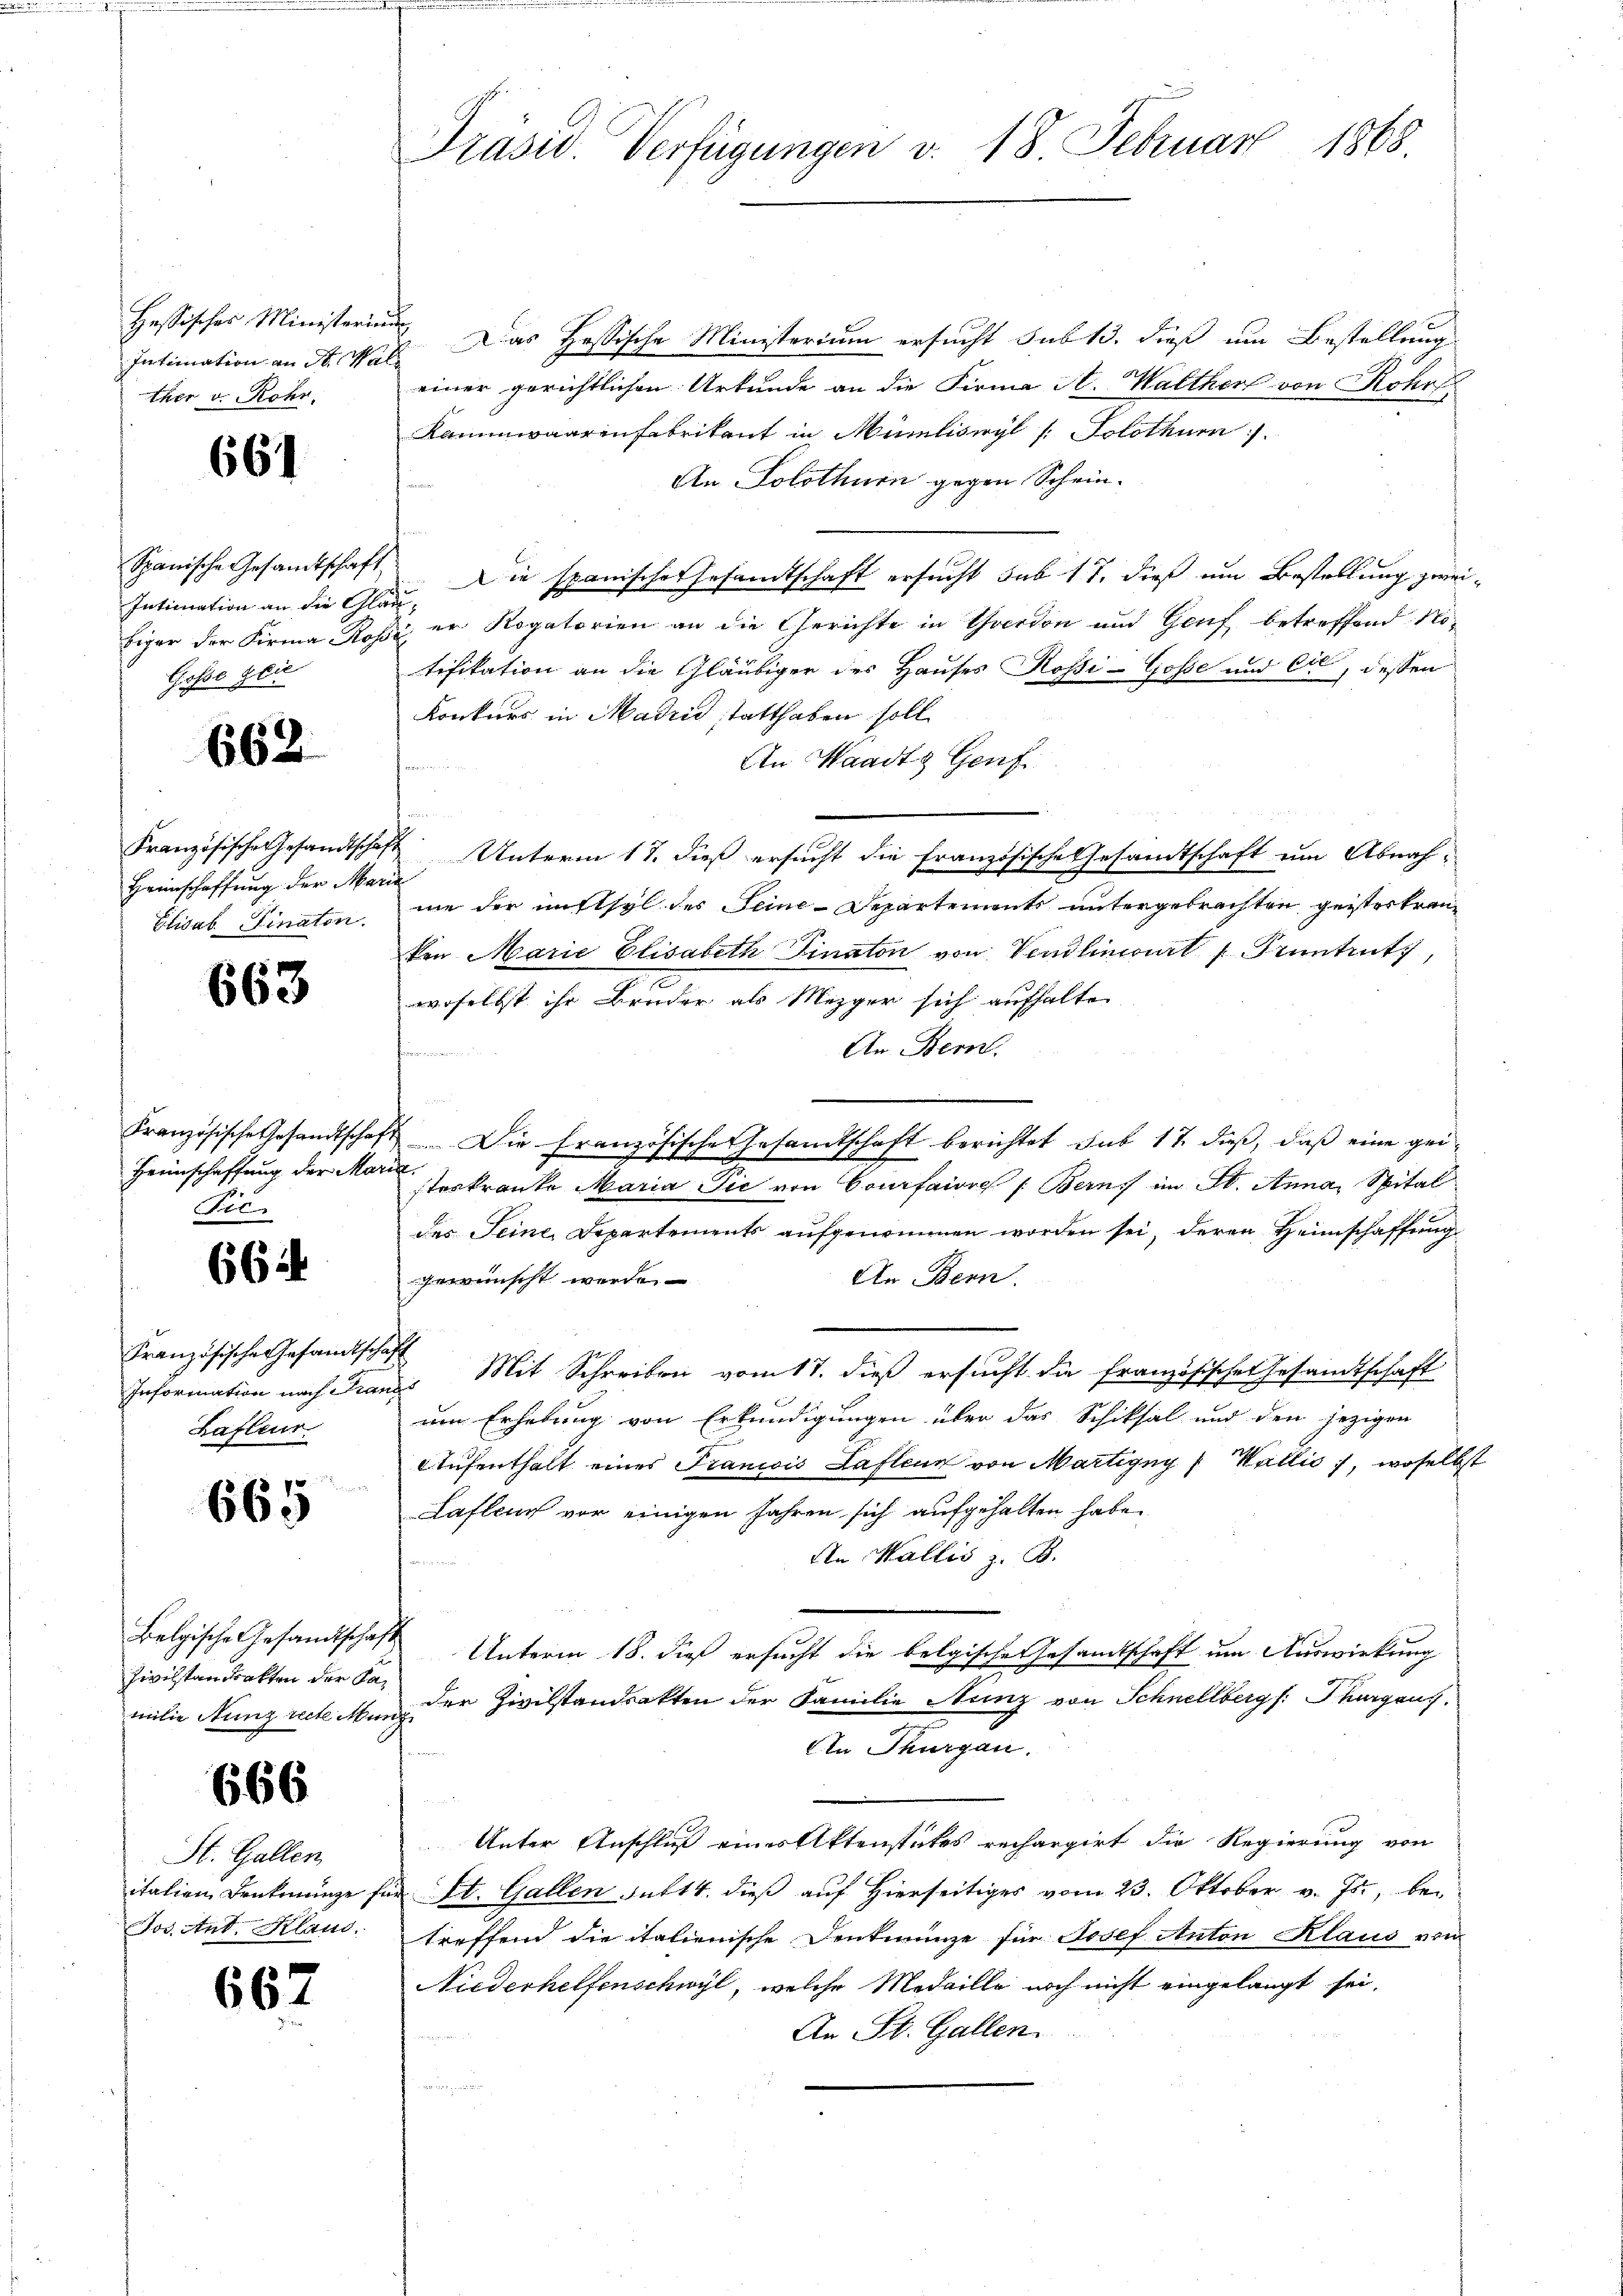
Hessisches Ministerium
Intimation an Sr. Kale
ther v. Rohr.

66

Intimation an die Glau¬
Gosse gei

662

Heinschaffung der Marie
Elisab. Finaton.

663

io.

6644

Französische Gesandtschaft
Lafleur

665

Belgische Gesandtschaft
Zivilstandrakten der Pamilie Nunz recte Munzi

666

St. Gallen
Jos. Ant. Kland.

667

Präsid. Verfügungen v. 18. Februar 1868.

Das Hessische Ministerium ersucht sub 13. dieß um Bestellung
einer gerichtlichen Urkunde an die Firma A. Walther von Rohr
Kammwaarenfabrikant in Mumliswyl /: Solothurn.
An Solothurn gegen Schein¬
Spanische Gesamtschaft Die spanischer Gesamtschaft ersucht sub 17. dieß um Bestellung zweibiger der Firma Rose er Rogatorien an die Gerichte in Yverdon und Genf betreffend Notifikation an die Gläubiger des Hauses Rossi-Gosse und Cie, dessen
Konkurs in Madrid statthaben soll
An Waadt Genf
Französische Gesandtschaft Unterm 17. dieß ersucht die französische Gesandtschaft um Abnahnie der nichtsel des Seine-Departements untergebrachten geistertrenken Marie Elisabeth Finaton von Vendliniert   Pruntrutz,
woselbst ihr Bruder als Mezger sich aufhalte
An Bern.

Französische Gesandtschaft. Die Französische Gesandtschaft berichtet sub 17. dieß, daß eine gei¬
Heimschaffung der Moserkranke Maria Pic von Courfaire : Bern im St. Anna, Spital
des Seine Departements aufgenommen worden sei, deren Heimschaffung
An Bern.
gewünscht werde.
Information nach Franzs Mit Schreiben vom 17. dieß ersucht die französisches Gesamtschaft
um Erhebung von Erkundigungen über das Schiksal und den jezigen
Aufenthalt eines Francois Laflen von Martigny Wallis), woselbst
Laflen vor einigen Jahren sich aufgehalten habe.
An Wallis z. B.
Unterm 18. dieß ersucht die belgische Gesandtschaft um Auswirkung
der Zivilstandsakten der Familie Nunz von Schnellbergs: Thurgaus,
An Thurgau.
Unter Anschluß eines Aktenstates rechargirt die Regierung von
italien Denkmünze für St. Gallen Futt 4. dieß auf Hierseitiges vom 23. Oktober v. Js., betreffend die italienische Denkmünze für Josef Anton Klaus vom
Niederhelfenschwyl, welche Medaille noch nicht eingelangt sei,
An St. Gallen.
u